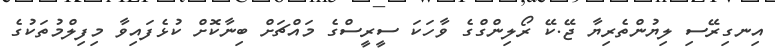
އިނގިރޭސި ލިޔުންތެރިޔާ ޖޭ.ކޭ ރޯލިންގްގެ ވާހަކަ ސީރީސްގެ މައްޗަށް ބިނާކޮށް ކުޅެފައިވާ މިފިލްމުތަކުގެ